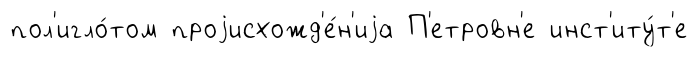
пол'игло́том проjисхожд'е́н'иjа П'етровн'е инст'иту́т'е